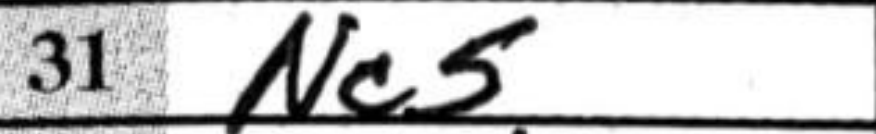
Transcription: Nc5